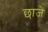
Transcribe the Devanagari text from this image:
छाजे